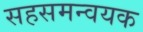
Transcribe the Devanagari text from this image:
सहसमन्वयक